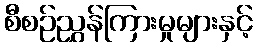
စီစဉ်ညွှန်ကြားမှုများနှင့်